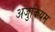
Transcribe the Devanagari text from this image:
अजुकियम